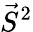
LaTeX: {\vec{S}}^{2}